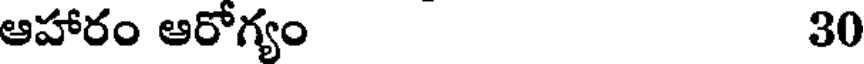
ఆహారం ఆరోగ్యం 30